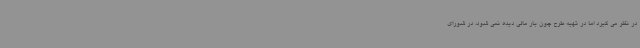
در نظر می گیرد اما در تهیه طرح چون بار مالی دیده نمی شود، در شورای